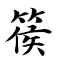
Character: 篌